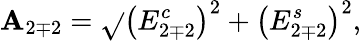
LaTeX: \mathbf{A}_{2\mp2}=\sqrt{}{{\left(E_{2\mp2}^{c}\right)^{2}+\left(E_{2\mp2}^{s}\right)^{2}}},